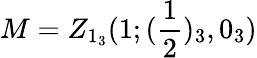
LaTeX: M=Z_{1_{3}}(1;(\frac{1}{2})_{3},0_{3})